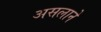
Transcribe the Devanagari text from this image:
असलाने